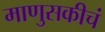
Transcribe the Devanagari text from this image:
माणुसकीचं